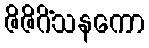
ဇိဇိဂိံသနကော